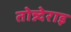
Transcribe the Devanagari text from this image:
तोन्न्देराइ